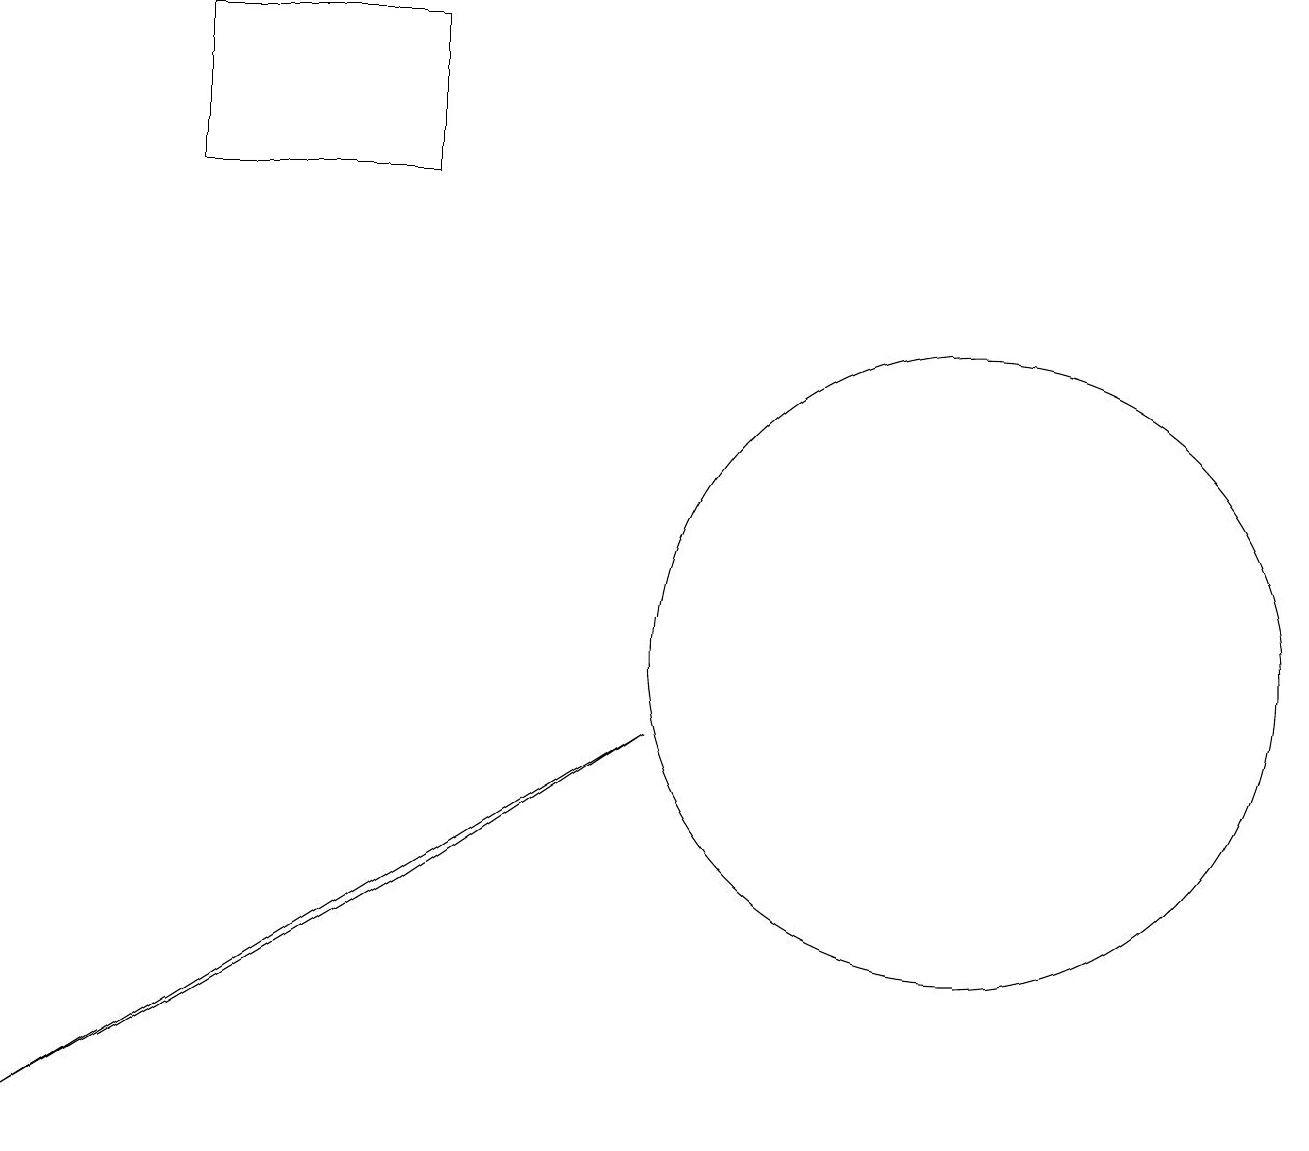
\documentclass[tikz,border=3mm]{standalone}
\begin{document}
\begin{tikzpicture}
\draw (12,10) circle (4);
\draw (2,18) rectangle (5,16);
\draw (0,4) -- (8,9) -- (5,7) -- cycle;
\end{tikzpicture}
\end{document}